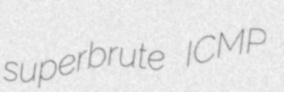
superbrute ICMP